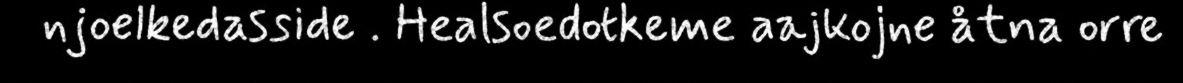
njoelkedasside . Healsoedotkeme aajkojne åtna orre